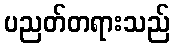
ပညတ်တရားသည်